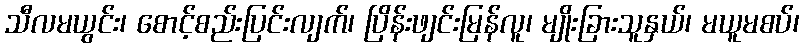
သီလမယွင်း၊ စောင့်စည်းပြင်းလျက်၊ ပြိန်းဖျင်းမြန်လူ၊ မျိုးခြားသူနှယ်၊ မယူမစပ်၊